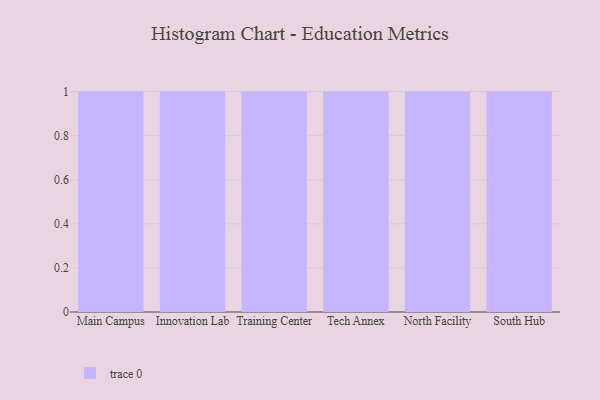
{"axis": {"x": "Campus", "y": "Latency (ms)"}, "legend": [""], "data": [{"x": "Main Campus", "y": 57, "type": ""}, {"x": "Innovation Lab", "y": 34, "type": ""}, {"x": "Training Center", "y": 16, "type": ""}, {"x": "Tech Annex", "y": 68, "type": ""}, {"x": "North Facility", "y": 86, "type": ""}, {"x": "South Hub", "y": 88, "type": ""}]}